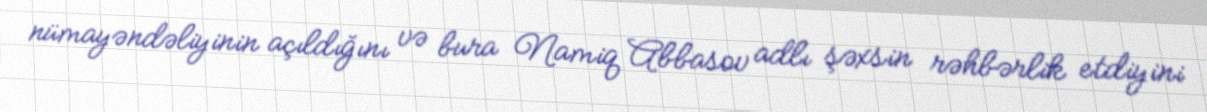
nümayəndəliyinin açıldığını və bura Namiq Abbasov adlı şəxsin rəhbərlik etdiyini